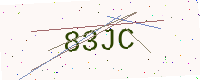
Text: 83JC